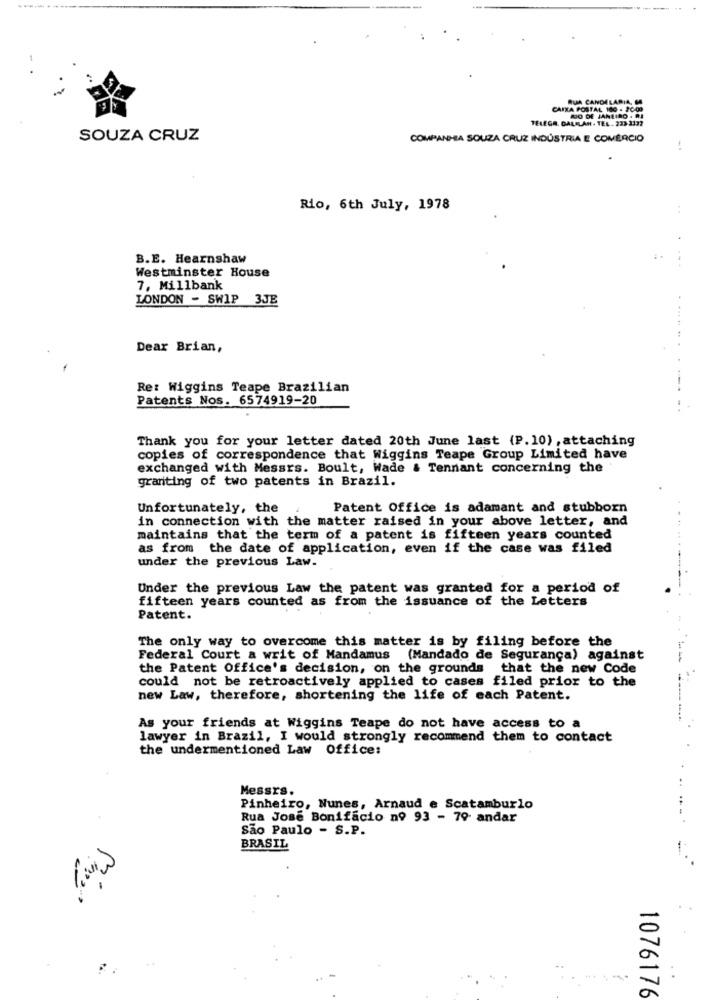
RUA CANDELARIA, MA
CAIXA POSTAL 160 . 20:00
TELEGR. DALILAH . TEL . 233-2132
RIO DE JANEIRO - RJ
SOUZA CRUZ
COMPANHIA SOUZA CRUZ INDÚSTRIA E COMÉRCIO
Rio, 6th July, 1978
B.E. Hearnshaw
Westminster House
7, Millbank
LONDON - SWIP 3JE
Dear Brian,
Re: Wiggins Teape Brazilian
Patents Nos. 6574919-20
Thank you for your letter dated 20th June last (P. 10) ,attaching
copies of correspondence that Wiggins Teape Group Limited have
exchanged with Messrs. Boult, Wade & Tennant concerning the
granting of two patents in Brazil.
Unfortunately, the
Patent Office is adamant and stubborn
in connection with the matter raised in your above letter, and
maintains that the term of a patent is fifteen years counted
as from the date of application, even if the case was filed
under the previous Law.
Under the previous Law the patent was granted for a period of
fifteen years counted as from the issuance of the Letters
Patent.
The only way to overcome this matter is by filing before the
Federal Court a writ of Mandamus (Mandado de Segurança) against
the Patent Office's decision, on the grounds that the new Code
could not be retroactively applied to cases filed prior to the
new Law, therefore, shortening the life of each Patent.
As your friends at Wiggins Teape do not have access to a
lawyer in Brazil, I would strongly recommend them to contact
the undermentioned Law Office:
Messrs.
Pinheiro, Nunes, Arnaud e Scatamburlo
Rua Jose Bonifacio nº 93 - 79 andar
São Paulo - S.P.
BRASIL
1076176